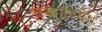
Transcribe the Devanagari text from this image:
उखारिये।।